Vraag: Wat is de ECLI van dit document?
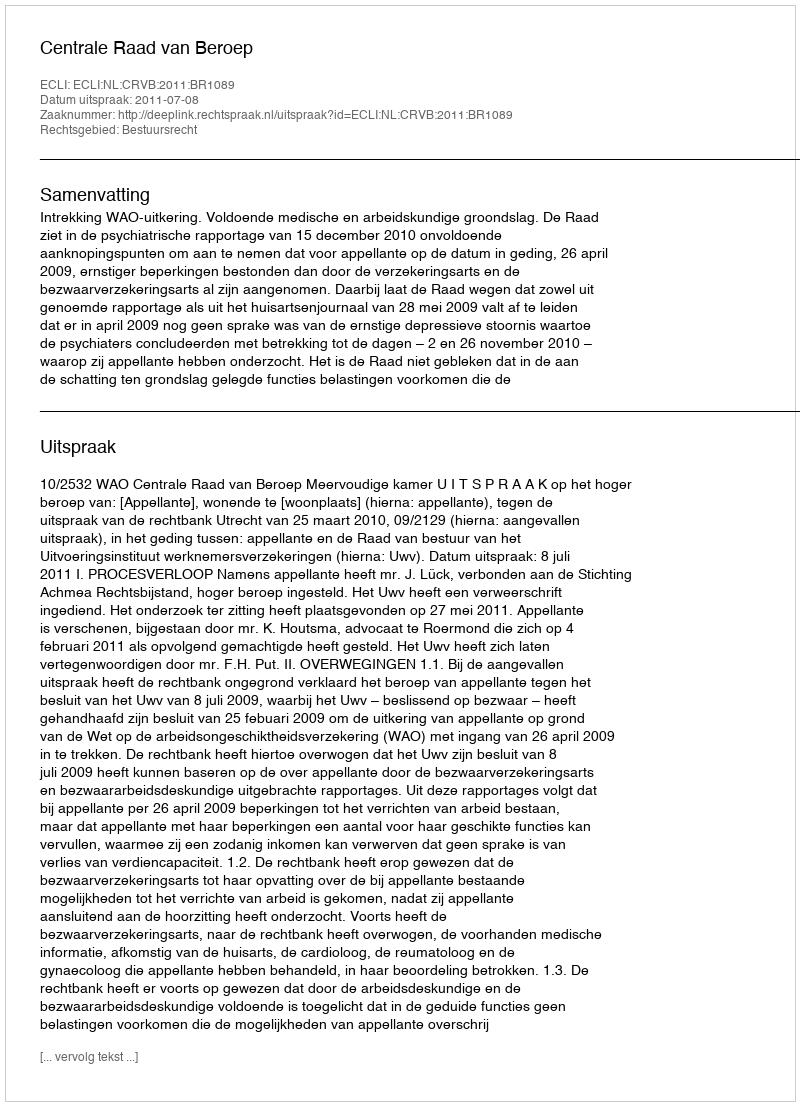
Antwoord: ECLI:NL:CRVB:2011:BR1089